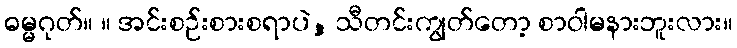
ဓမ္မဂုတ်။ ။ အင်းစဉ်းစားစရာပဲ, သီတင်းကျွတ်တော့ စာဝါမနားဘူးလား။